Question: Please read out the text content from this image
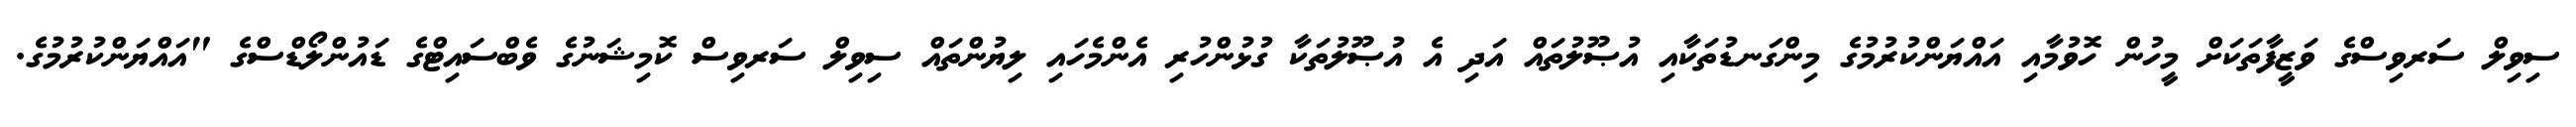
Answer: ސިވިލް ސަރވިސްގެ ވަޒީފާތަކަށް މީހުން ހޮވުމާއި އައްޔަންކުރުމުގެ މިންގަނޑުތަކާއި އުޞޫލުތައް އަދި އެ އުޞޫލުތަކާ ގުޅުންހުރި އެންމެހައި ލިޔުންތައް ސިވިލް ސަރވިސް ކޮމިޝަނުގެ ވެބްސައިޓްގެ ޑައުންލޯޑްސްގެ "އައްޔަންކުރުމުގެ.